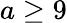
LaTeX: a\ge 9